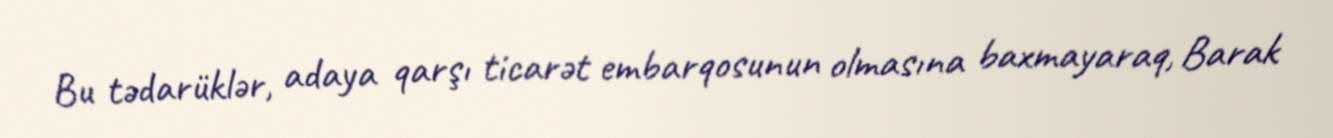
Bu tədarüklər, adaya qarşı ticarət embarqosunun olmasına baxmayaraq, Barak